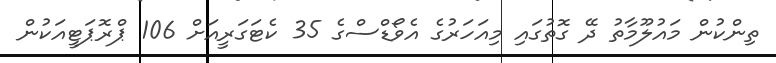
ތިންކުން މައުލޫމާތު ދޭ ގޮތުގައި މިއަހަރުގެ އެވޯޑްސްގެ 35 ކެޓަގަރީއަށް 106 ޕްރޮޕަޓީއަކުން